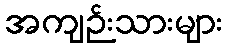
အကျဉ်းသားများ